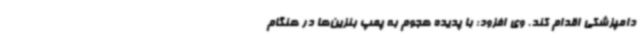
دامپزشکی اقدام کند. وی افزود: با پدیده هجوم به پمپ بنزین‌ها در هنگام